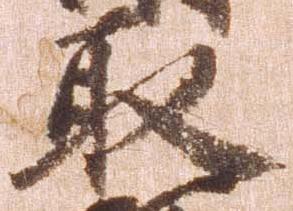
取